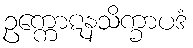
ဥက္ကောဋနသိက္ခာပဒံ